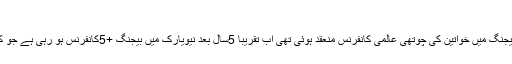
5) بیجنگ پلس فائیو کانفرنس:
اقوام متحدہ کے زیر اہتمام چین کے شہربیجنگ میں خواتین کی چوتھی عالمی کانفرنس منعقد ہوئی تھی اب تقریباً 5سال بعد نیویارک میں بیجنگ +5کانفرنس ہو رہی ہے جو کہ 5تا9جون 2000ء میں منعقد کی گئی۔